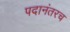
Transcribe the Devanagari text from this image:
पदानंतरच